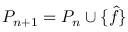
P _ { n + 1 } = P _ { n } \cup \{ \hat { f } \}